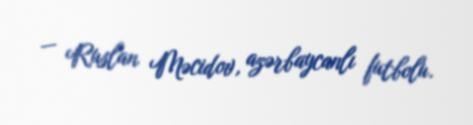
— Ruslan Məcidov, azərbaycanlı futbolu.